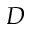
D